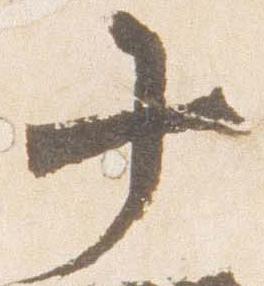
十